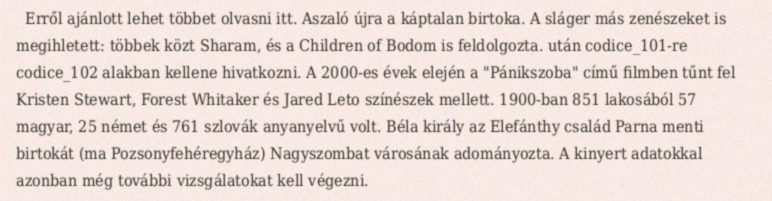
Erről ajánlott lehet többet olvasni itt. Aszaló újra a káptalan birtoka. A sláger más zenészeket is megihletett: többek közt Sharam, és a Children of Bodom is feldolgozta. után codice_101-re codice_102 alakban kellene hivatkozni. A 2000-es évek elején a "Pánikszoba" című filmben tűnt fel Kristen Stewart, Forest Whitaker és Jared Leto színészek mellett. 1900-ban 851 lakosából 57 magyar, 25 német és 761 szlovák anyanyelvű volt. Béla király az Elefánthy család Parna menti birtokát (ma Pozsonyfehéregyház) Nagyszombat városának adományozta. A kinyert adatokkal azonban még további vizsgálatokat kell végezni.